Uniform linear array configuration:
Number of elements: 16
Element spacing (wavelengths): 0.75
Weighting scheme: uniform
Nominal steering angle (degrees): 45
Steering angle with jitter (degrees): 43.867
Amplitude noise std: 0.05
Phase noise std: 0.05

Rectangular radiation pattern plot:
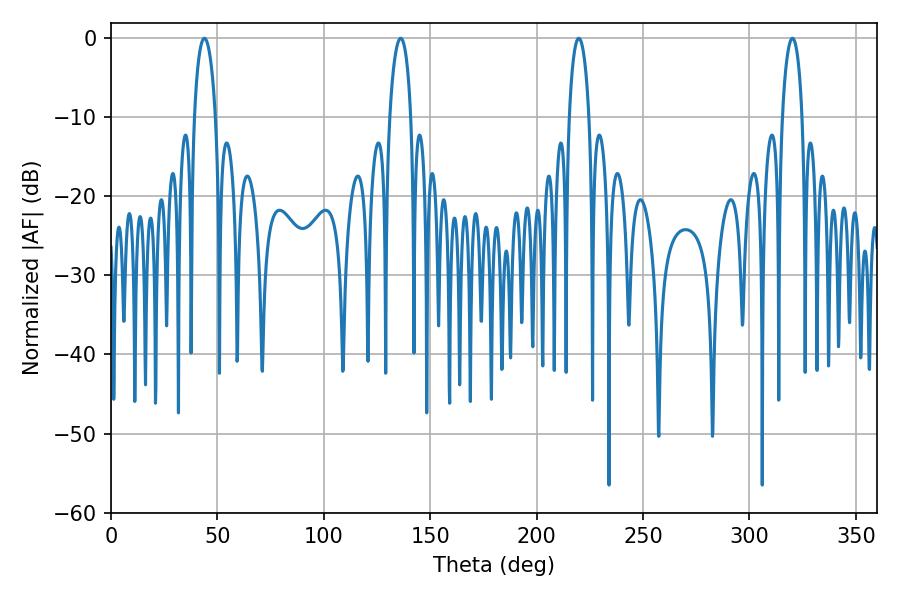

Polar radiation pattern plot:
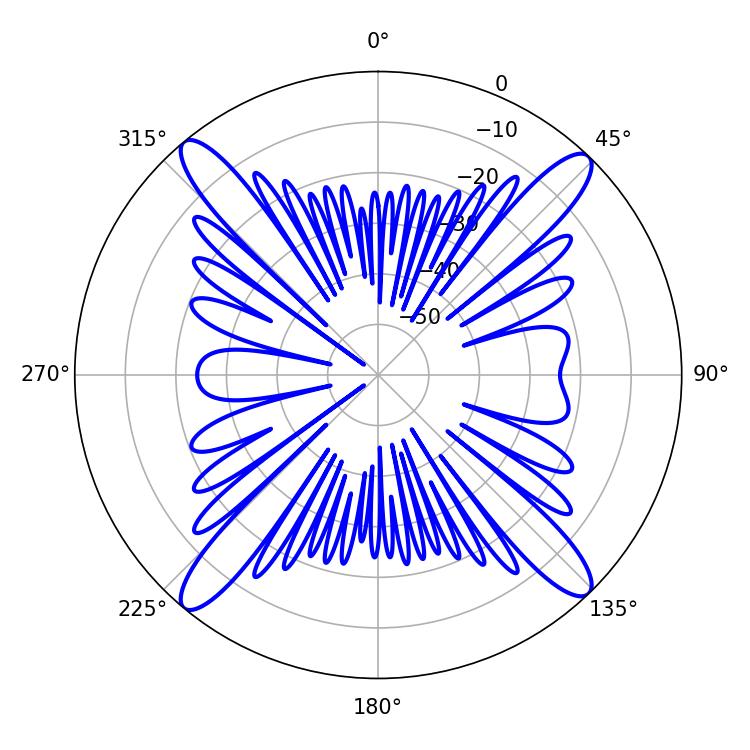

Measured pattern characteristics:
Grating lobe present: TRUE
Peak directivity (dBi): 19.732
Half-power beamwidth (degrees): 5.22
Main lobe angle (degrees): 219.78